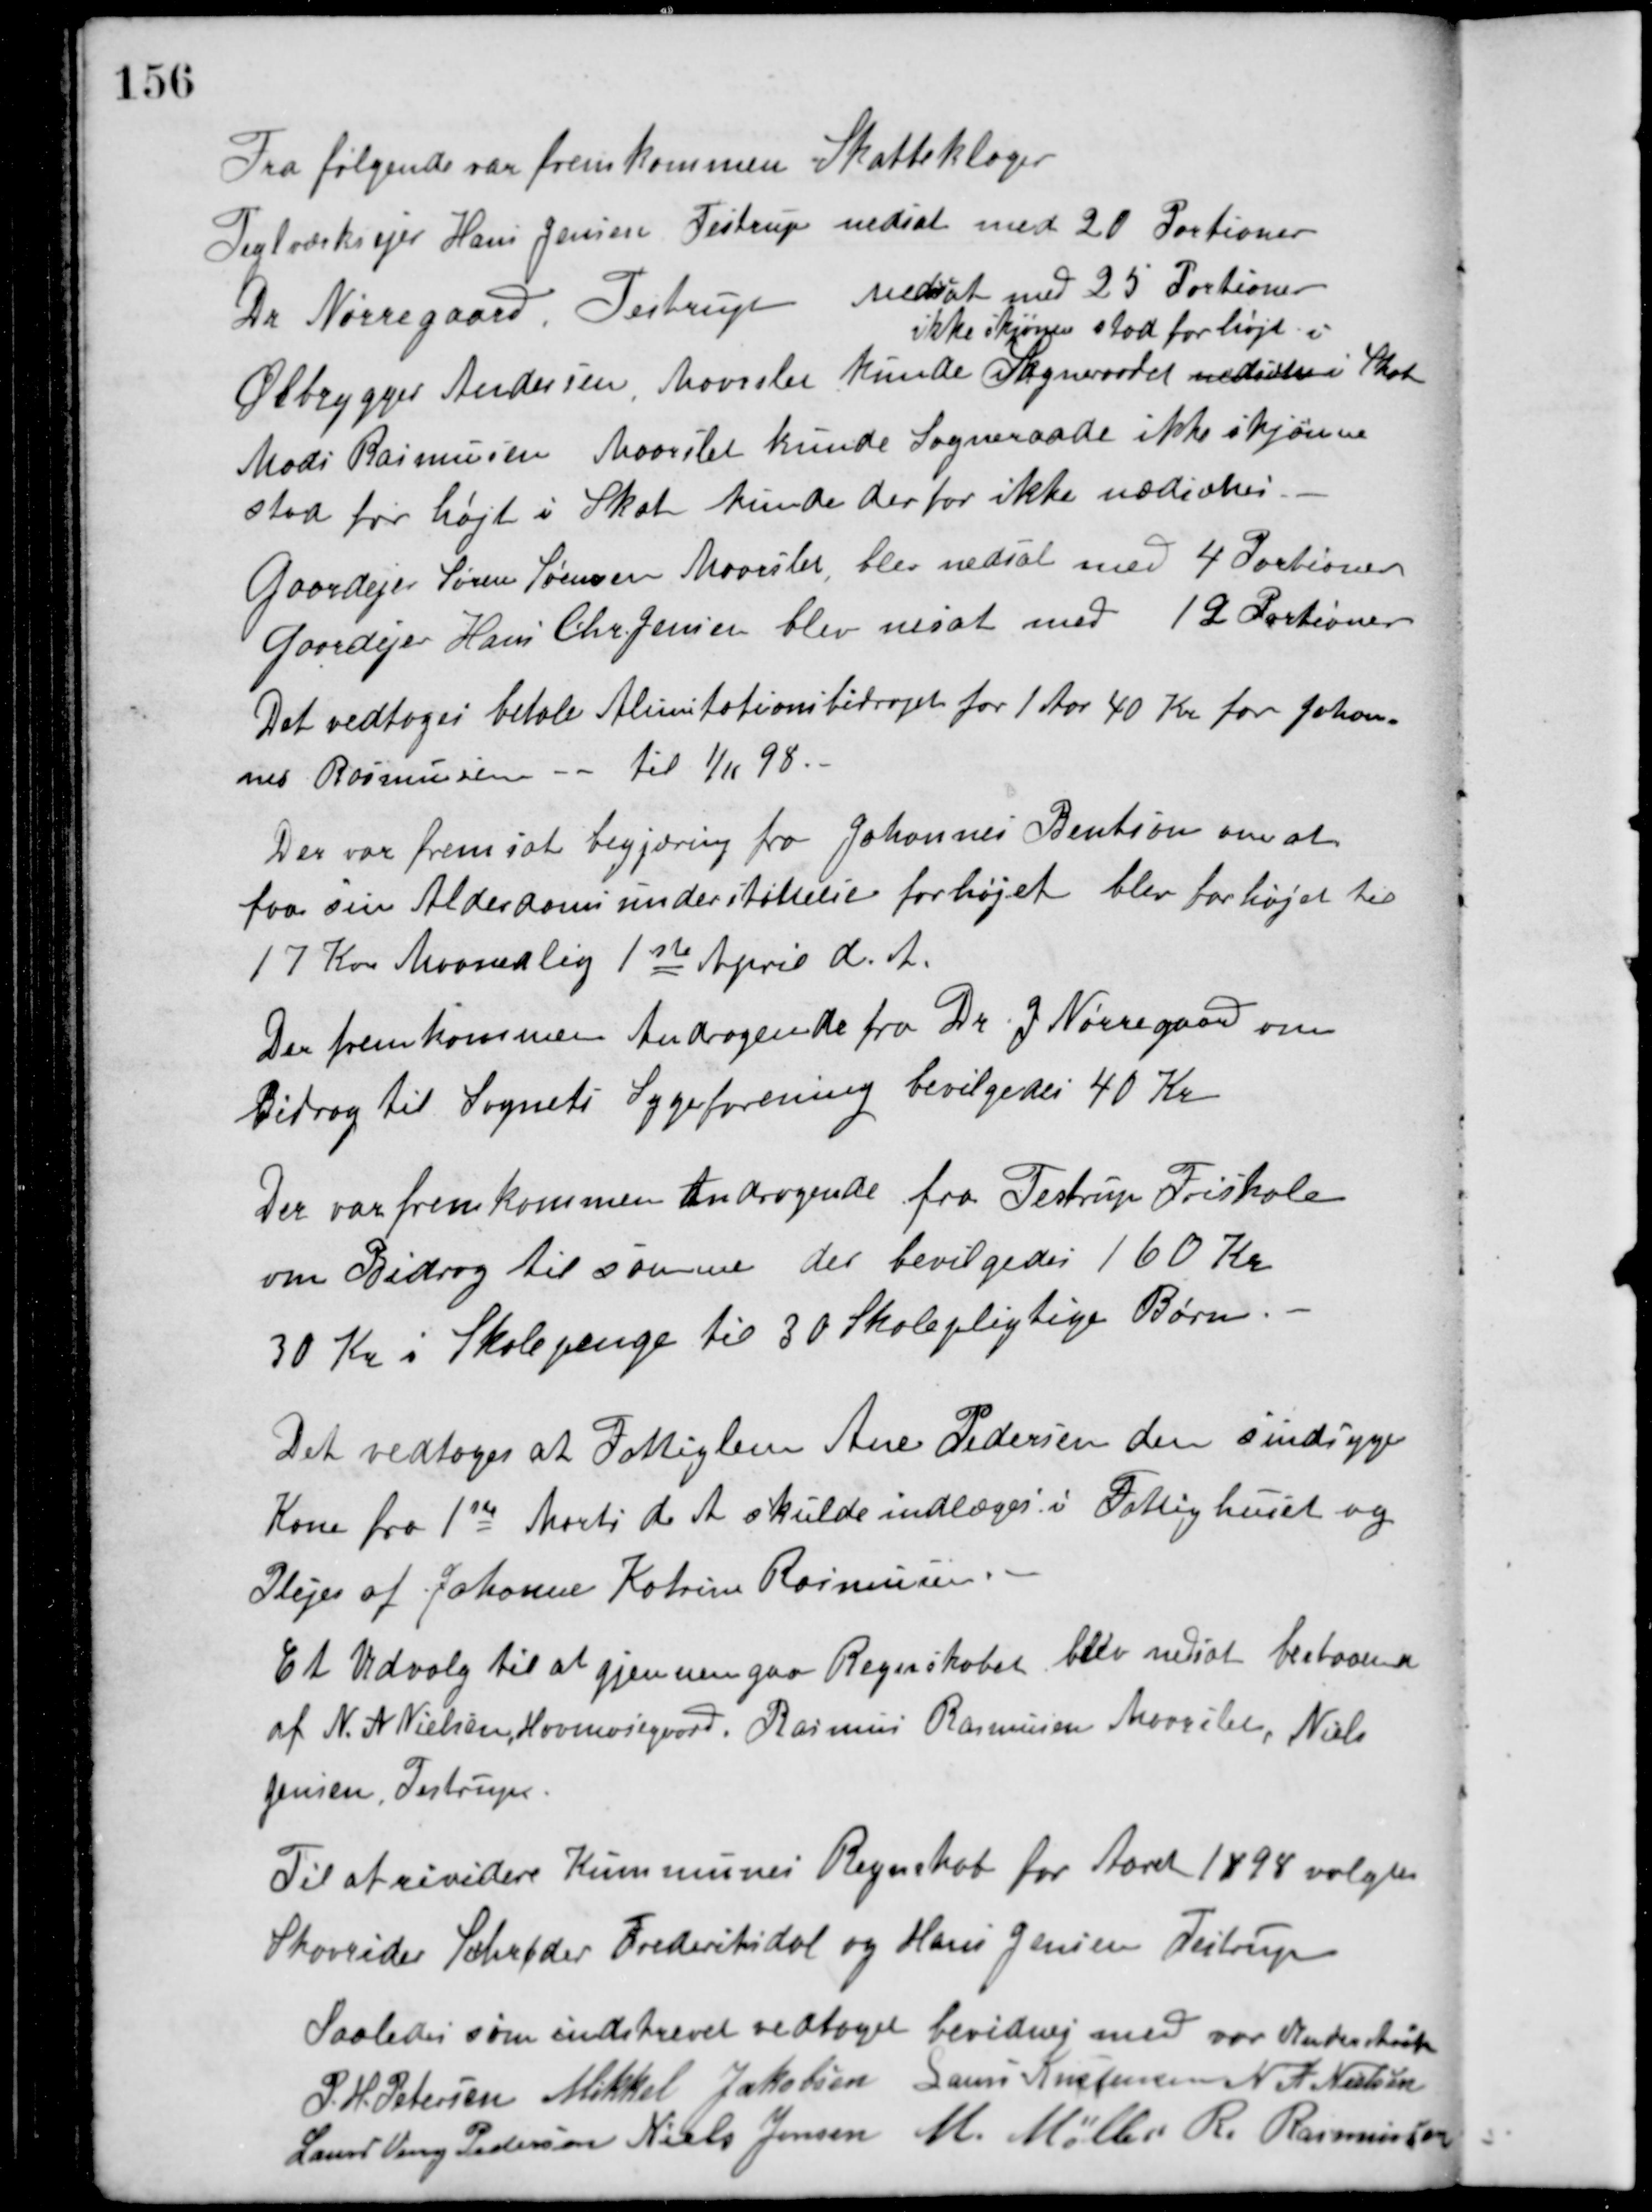
Transskription:
Fra følgende var fremkommen Skatteklager
Teglværksejer Hans Jensen Testrup nedsat med 20 Portioner
Dr. Nørregaard Testrup nedsat med 25 Portioner
Ølbrygger Andersen Maarslet kunde Sogneraadet nedsætte i
ikke skjønne stod for højt i
Skat
Mads Rasmussen Maarslet kunde Sogneraade ikke skjønne
stod før højt i Skat kunde derfor ikke nedsættes.
Gaardejer Søren Sørensen Maarslet, blev nedsat med 4 Portioner
Gaardejer Hans Chr. Jensen blev nesat med 12 Portioner
Det vedtoges betale Alimitationsbidraget for 1 Aar 40 Kr. for Johan-
nes Rasmussen -  til 1/11 98.
Der var fremsat begjæring fra Johannes Bention om at
faa sin Alderdomsunderstøttelse forhøjet blev forhøjet til
17 Kr. Maanedlig 1ste April d. A.
Der fremkommen Andragende fra Dr. J. Nørregaard om
Bidrag til Sognets Sygeforening bevilgedes 40 Kr.
Der var fremkommen Andragende fra Testrup Friskole
om Bidrag til samme der bevilgedes 160 Kr.
30 Kr. i Skolepenge til 30 Skolepligtige Børn.
Det vedtoges at Fattiglem Ane Pedersen den sindsyge
Kone fra 1ste Marts d. A. skulde indlæges i Fattighuset og
Plejes af Johanne Katrine Rasmussen.
Et Udvalg til at gjennemgaa Regnskabet blev nedsat bestaaende
af N. A. Nielsen, Havmosegaard, Rasmus Rasmussen Maarslet, Niels
Jensen, Testrup.
Til at revidere Kommunes Regnskab for Aaret 1898 valgtes
Skovrider Schrøder Frederiksdal og Hans Jensen, Testrup
Saaledes som indskrevet vedtaget bevidnes med vor Underskrift
P. H. Petersen Mikkel Jakobsen Laurs Kristensen N. A. Nielsen
Laurs Veng Pedersen Niels Jensen M. Møller R. Rasmussen